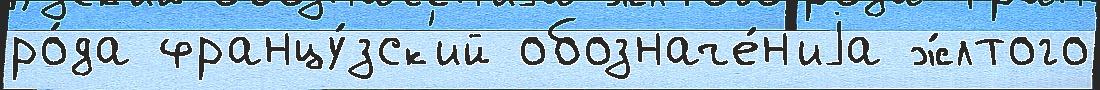
ро́да францу́зск'ий обозначе́н'иjа ж́лтого